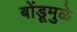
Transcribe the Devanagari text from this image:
बोंडूमुळे